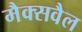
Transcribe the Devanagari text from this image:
मैक्सवैल